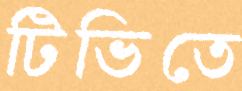
টিভিতে